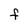
Character: F